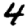
Digit: 4